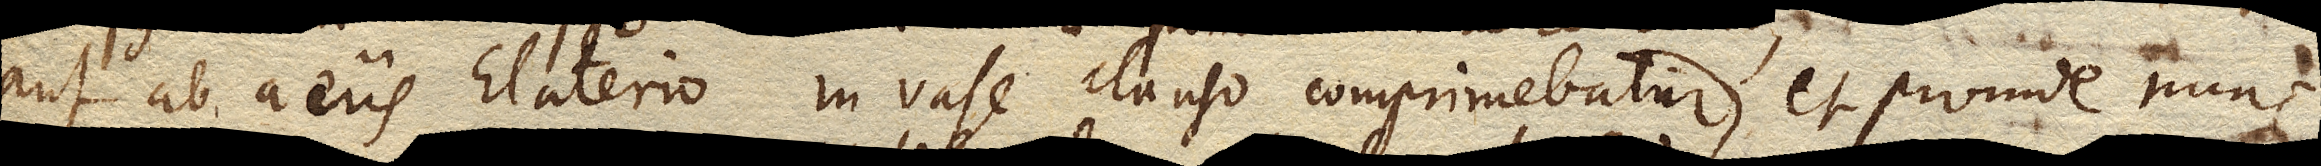
aut ab aeris Elaterio in vase clauso comprimebatur